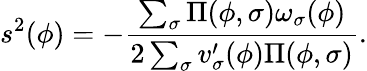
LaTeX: s^{2}(\phi)=-\frac{\sum_{\sigma}\Pi(\phi,\sigma)\omega_{\sigma}(\phi)}{2\sum_{\sigma}v_{\sigma}^{\prime}(\phi)\Pi(\phi,\sigma)}.